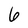
Character: 6